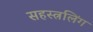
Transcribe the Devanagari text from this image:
सहस्त्रलिंग